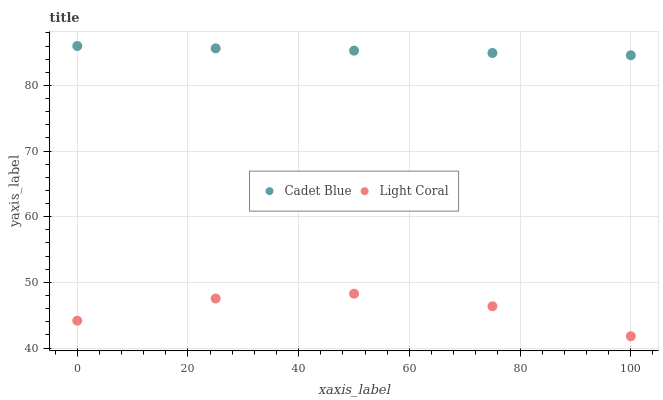
| xaxis_label | Cadet Blue | Light Coral |
 | --- | --- | --- |
 | 0 | 86 | 44.2 |
 | 25 | 85.6 | 47.5 |
 | 50 | 85.3 | 48.3 |
 | 75 | 84.9 | 46.4 |
 | 100 | 84.6 | 41.8 |